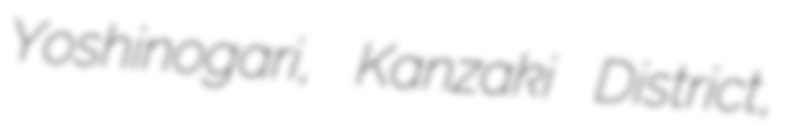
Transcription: Yoshinogari, Kanzaki District,